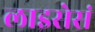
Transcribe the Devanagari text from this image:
लाइसेसं